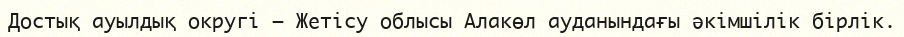
Достық ауылдық округі — Жетісу облысы Алакөл ауданындағы әкімшілік бірлік.